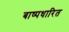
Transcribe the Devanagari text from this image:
बाष्पधारित